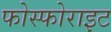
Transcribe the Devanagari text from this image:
फोस्फोराइट